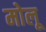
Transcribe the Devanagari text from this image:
मोलू